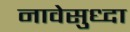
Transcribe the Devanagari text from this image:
नावेसुध्दा